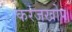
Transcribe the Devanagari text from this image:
करंजखोप